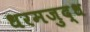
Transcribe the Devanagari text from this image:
धरमजुद्ध